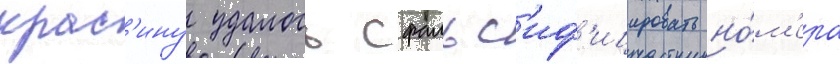
крас'ину удалось сфальс'иф'ицировать но́м'ера